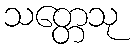
သတ္တေသု